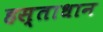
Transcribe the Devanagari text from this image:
हस्ताधान